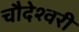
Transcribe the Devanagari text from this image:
चौदेश्वरी